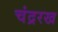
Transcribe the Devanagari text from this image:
चंद्ररख